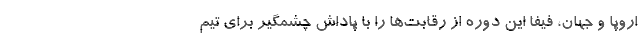
اروپا و جهان، فیفا این دوره از رقابت‌ها را با پاداش چشمگیر برای تیم